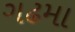
ગઢમા